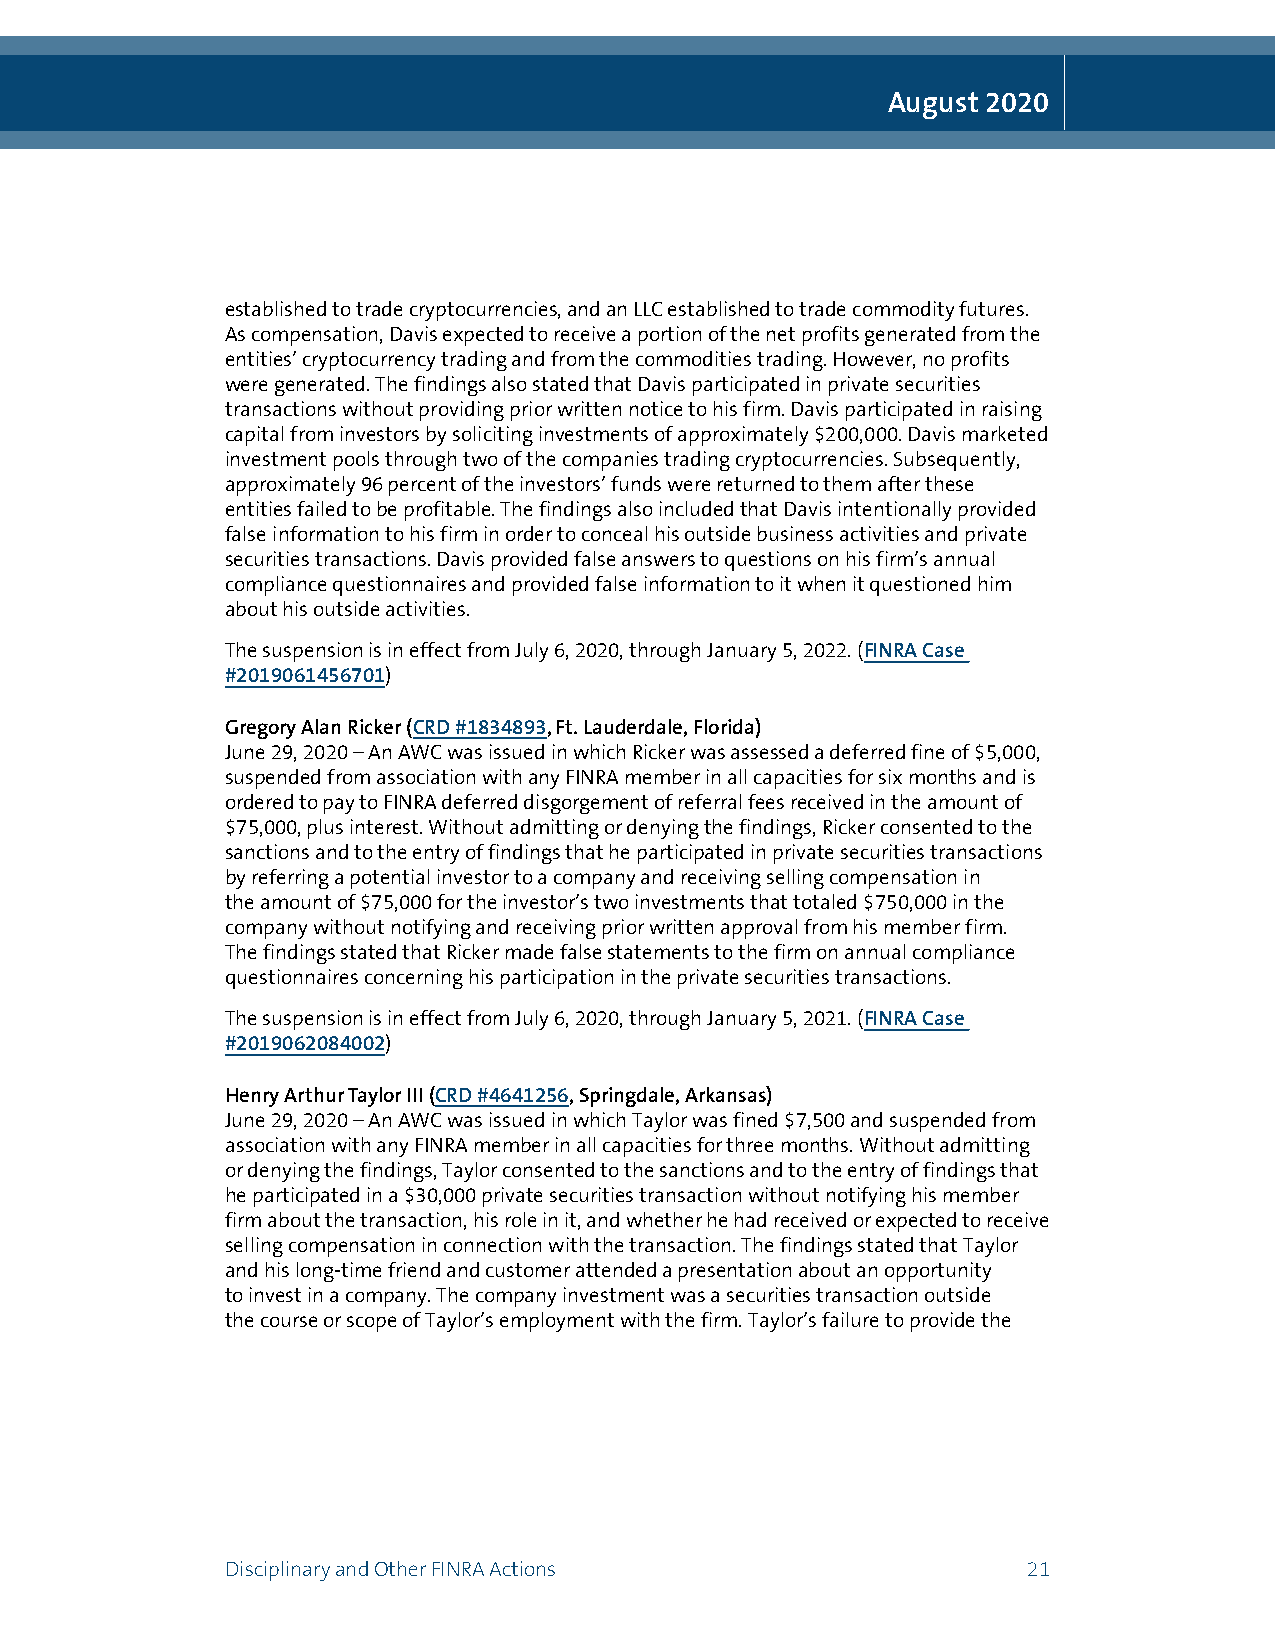
August 2020
 established to trade cryptocurrencies, and an LLC established to trade commodity futures.
 As compensation, Davis expected to receive a portion of the net profits generated from the
 entities’ cryptocurrency trading and from the commodities trading. However, no profits
 were generated. The findings also stated that Davis participated in private securities
 transactions without providing prior written notice to his firm. Davis participated in raising
 capital from investors by soliciting investments of approximately $200,000. Davis marketed
 investment pools through two of the companies trading cryptocurrencies. Subsequently,
 approximately 96 percent of the investors’ funds were returned to them after these
 entities failed to be profitable. The findings also included that Davis intentionally provided
 false information to his firm in order to conceal his outside business activities and private
 securities transactions. Davis provided false answers to questions on his firm’s annual
 compliance questionnaires and provided false information to it when it questioned him
 about his outside activities.
 The suspension is in effect from July 6, 2020, through January 5, 2022. (FINRA Case
 #2019061456701)
 Gregory Alan Ricker (CRD #1834893, Ft. Lauderdale, Florida)
 June 29, 2020 – An AWC was issued in which Ricker was assessed a deferred fine of $5,000,
 suspended from association with any FINRA member in all capacities for six months and is
 ordered to pay to FINRA deferred disgorgement of referral fees received in the amount of
 $75,000, plus interest. Without admitting or denying the findings, Ricker consented to the
 sanctions and to the entry of findings that he participated in private securities transactions
 by referring a potential investor to a company and receiving selling compensation in
 the amount of $75,000 for the investor’s two investments that totaled $750,000 in the
 company without notifying and receiving prior written approval from his member firm.
 The findings stated that Ricker made false statements to the firm on annual compliance
 questionnaires concerning his participation in the private securities transactions.
 The suspension is in effect from July 6, 2020, through January 5, 2021. (FINRA Case
 #2019062084002)
 Henry Arthur Taylor III (CRD #4641256, Springdale, Arkansas)
 June 29, 2020 – An AWC was issued in which Taylor was fined $7,500 and suspended from
 association with any FINRA member in all capacities for three months. Without admitting
 or denying the findings, Taylor consented to the sanctions and to the entry of findings that
 he participated in a $30,000 private securities transaction without notifying his member
 firm about the transaction, his role in it, and whether he had received or expected to receive
 selling compensation in connection with the transaction. The findings stated that Taylor
 and his long-time friend and customer attended a presentation about an opportunity
 to invest in a company. The company investment was a securities transaction outside
 the course or scope of Taylor’s employment with the firm. Taylor’s failure to provide the
 Disciplinary and Other FINRA Actions                 21